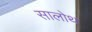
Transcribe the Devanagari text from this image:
सालोथ